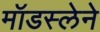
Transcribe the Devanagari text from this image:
मॉडस्लेने